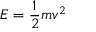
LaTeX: E = { \frac { 1 } { 2 } } m v ^ { 2 }